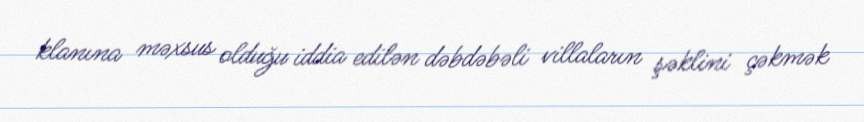
klanına məxsus olduğu iddia edilən dəbdəbəli villaların şəklini çəkmək